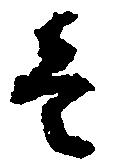
壱